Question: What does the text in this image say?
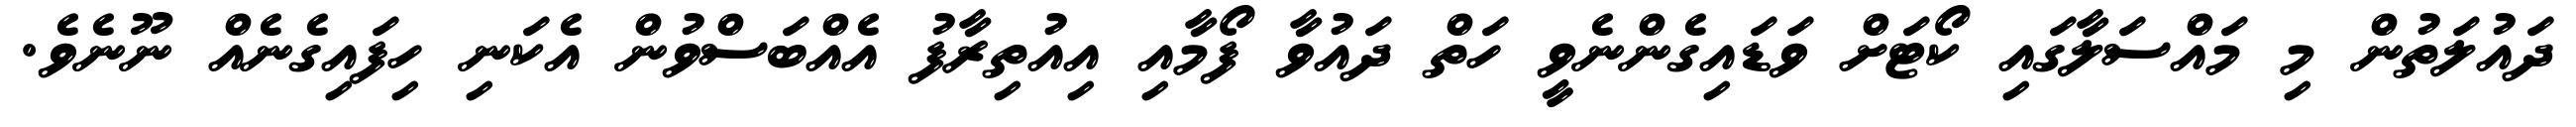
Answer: ދައުލަތުން މި މައްސަލާގައި ކޯޓަށް ވަޑައިގެންނެވީ ހަތް ދައުވާ ފޯމާއި އިއުތިރާފު އެއްބަސްވުން އެކަނި ހިފައިގެނެއް ނޫނެވެ.